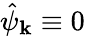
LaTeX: \hat{\psi}_{\mathbf k}\equiv 0